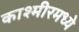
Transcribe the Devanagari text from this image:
काश्‍मीरमध्ये